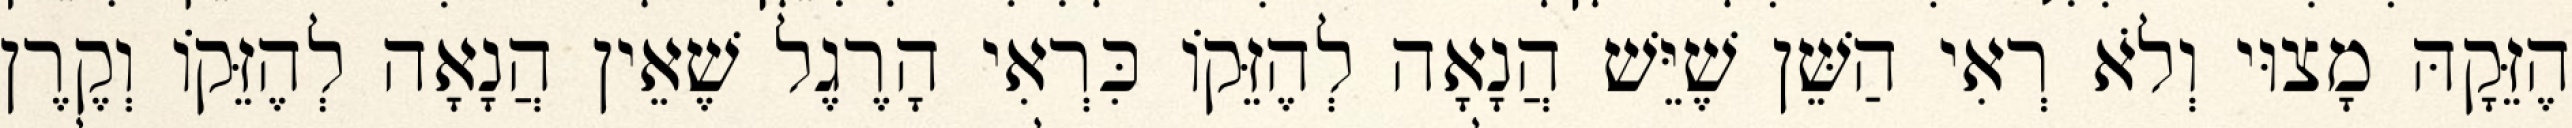
הֶזֵּקָהּ מָצוּי וְלֹא רְאִי הַשֵּׁן שֶׁיֵּשׁ הֲנָאָה לְהֶזֵּקוֹ כִּרְאִי הָרֶגֶל שֶׁאֵין הֲנָאָה לְהֶזֵּקוֹ וְקֶרֶן